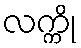
လက္ကို